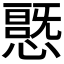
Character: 𭞦